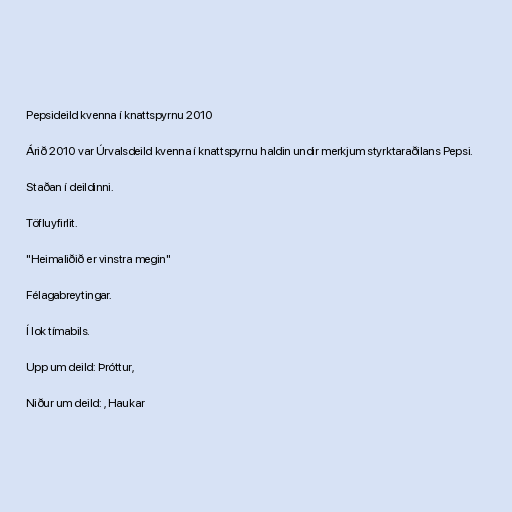
Pepsideild kvenna í knattspyrnu 2010

Árið 2010 var Úrvalsdeild kvenna í knattspyrnu haldin undir merkjum styrktaraðilans Pepsi.

Staðan í deildinni.

Töfluyfirlit.

"Heimaliðið er vinstra megin"

Félagabreytingar.

Í lok tímabils.

Upp um deild: Þróttur,

Niður um deild: , Haukar